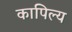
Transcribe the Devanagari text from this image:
कापिल्य